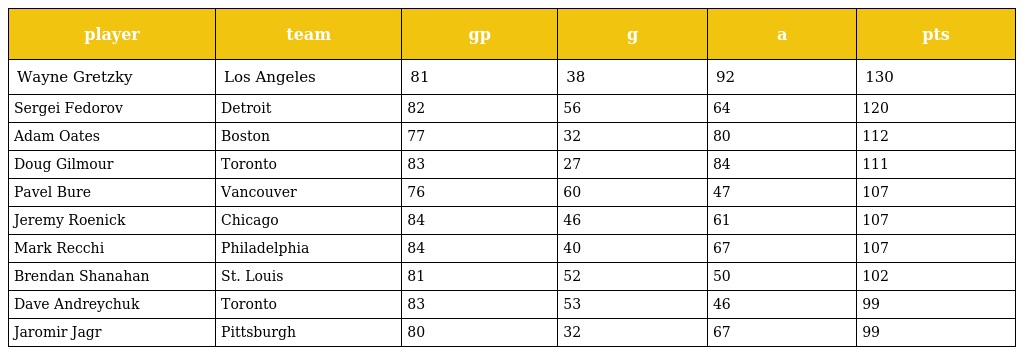
| player | team | gp | g | a | pts |
 | --- | --- | --- | --- | --- | --- |
 | Wayne Gretzky | Los Angeles | 81 | 38 | 92 | 130 |
 | Sergei Fedorov | Detroit | 82 | 56 | 64 | 120 |
 | Adam Oates | Boston | 77 | 32 | 80 | 112 |
 | Doug Gilmour | Toronto | 83 | 27 | 84 | 111 |
 | Pavel Bure | Vancouver | 76 | 60 | 47 | 107 |
 | Jeremy Roenick | Chicago | 84 | 46 | 61 | 107 |
 | Mark Recchi | Philadelphia | 84 | 40 | 67 | 107 |
 | Brendan Shanahan | St. Louis | 81 | 52 | 50 | 102 |
 | Dave Andreychuk | Toronto | 83 | 53 | 46 | 99 |
 | Jaromir Jagr | Pittsburgh | 80 | 32 | 67 | 99 |